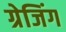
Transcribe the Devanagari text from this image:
ग्रेजिंग